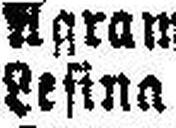
###sina